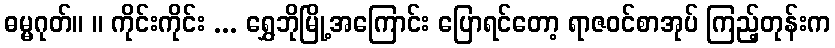
ဓမ္မဂုတ်။ ။ ကိုင်းကိုင်း ... ရွှေဘိုမြို့အကြောင်း ပြောရင်တော့ ရာဇဝင်စာအုပ် ကြည့်တုန်းက